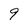
Character: 9